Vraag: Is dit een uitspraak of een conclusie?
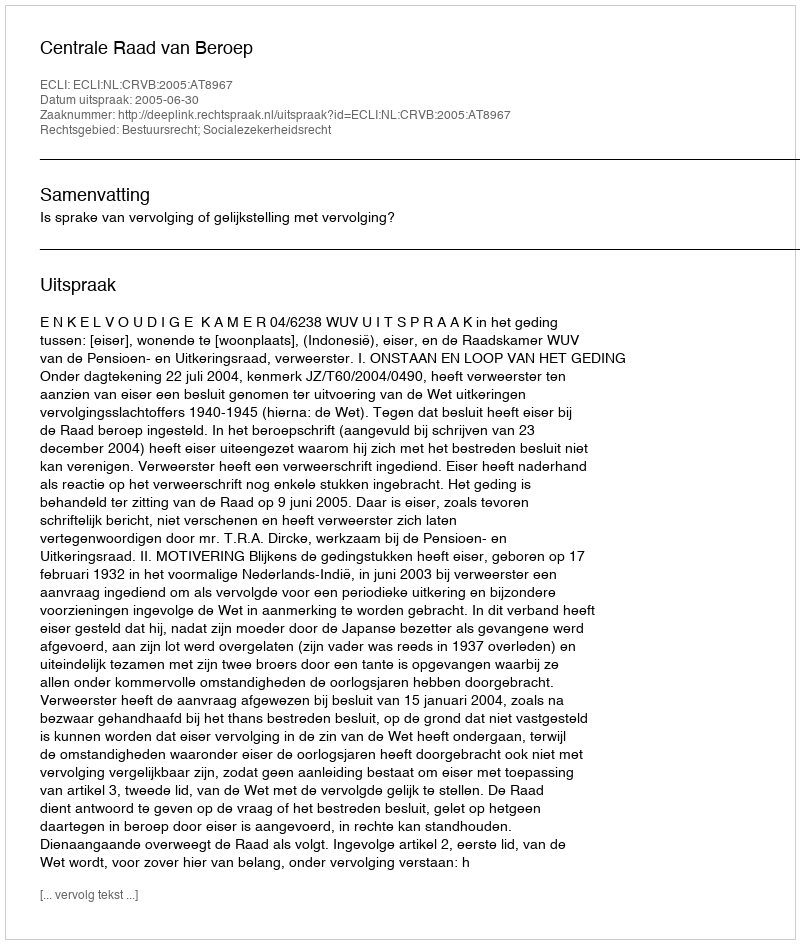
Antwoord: Uitspraak